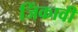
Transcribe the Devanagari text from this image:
जिंकावी